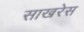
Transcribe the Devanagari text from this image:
साखरेस